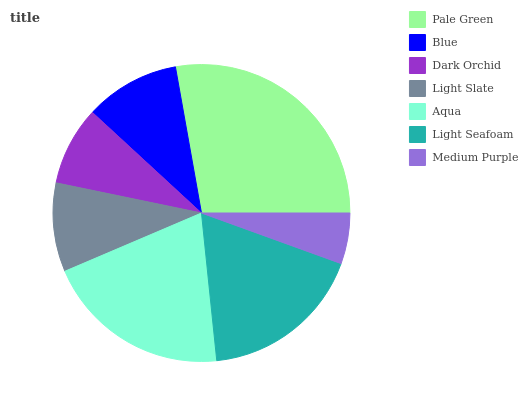
| Pale Green | Blue | Dark Orchid | Light Slate | Aqua | Light Seafoam | Medium Purple |
 | --- | --- | --- | --- | --- | --- | --- |
 | 27.8% | 10.3% | 8.61% | 9.66% | 20.2% | 17.8% | 5.54% |